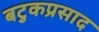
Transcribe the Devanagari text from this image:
बटुकप्रसाद